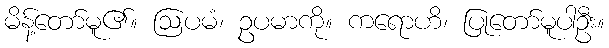
မိန့်တော်မူ၏။ ဩပမံ၊ ဥပမာကို။ ကရောဟိ၊ ပြုတော်မူပါဦး။